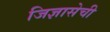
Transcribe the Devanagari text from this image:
जिज्ञासेची